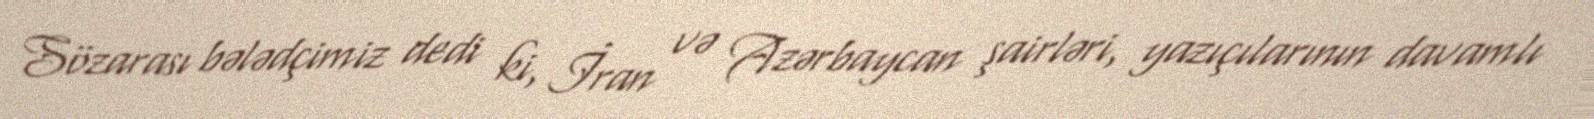
Sözarası bələdçimiz dedi ki, İran və Azərbaycan şairləri, yazıçılarının davamlı